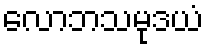
လောဘသမုဒယံ